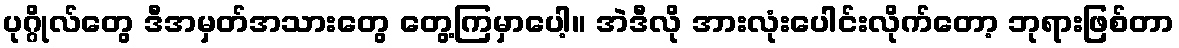
ပုဂ္ဂိုလ်တွေ ဒီအမှတ်အသားတွေ တွေ့ကြမှာပေါ့။ အဲဒီလို အားလုံးပေါင်းလိုက်တော့ ဘုရားဖြစ်တာ